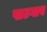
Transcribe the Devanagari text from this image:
पाटगाव